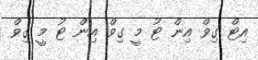
އިޓް ގިވް އިން ޓު މީ ގިވް އިން ޓު މީ ގިވް